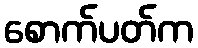
စောက်ပတ်က